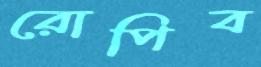
রোপিব